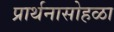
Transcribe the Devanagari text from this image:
प्रार्थनासोहळा